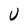
Character: U